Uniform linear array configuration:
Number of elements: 32
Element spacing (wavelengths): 0.5
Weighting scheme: hann
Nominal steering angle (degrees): -45
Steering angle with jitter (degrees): -46.804
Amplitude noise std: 0.05
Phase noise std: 0.05

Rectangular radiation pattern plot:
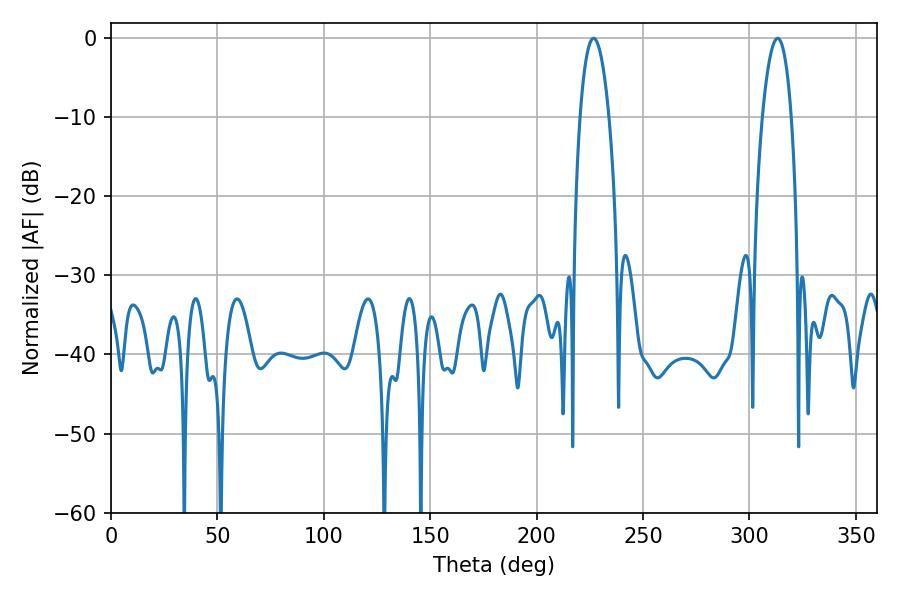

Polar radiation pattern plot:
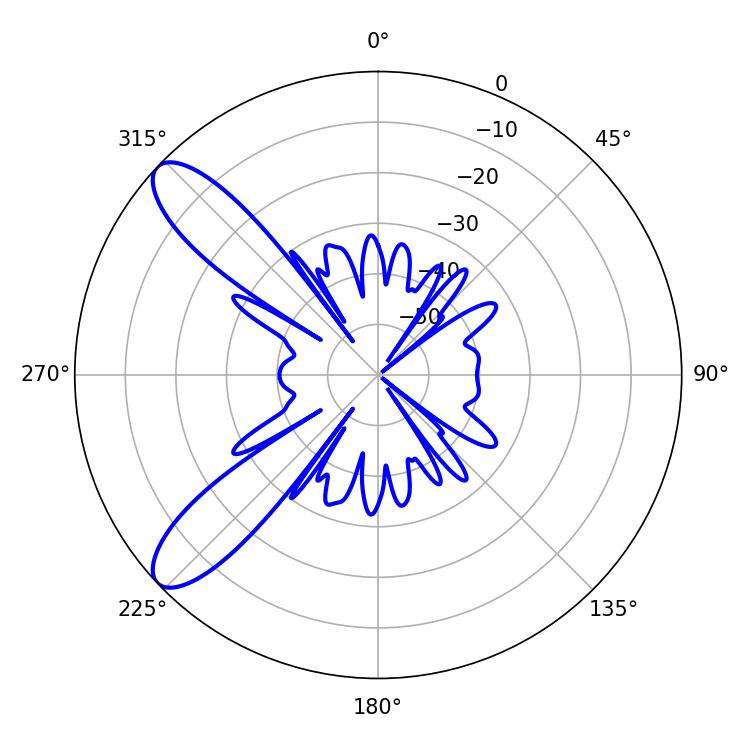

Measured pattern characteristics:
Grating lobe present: FALSE
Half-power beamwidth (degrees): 7.74
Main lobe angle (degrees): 226.8